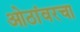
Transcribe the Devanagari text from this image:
ओठांवरचा